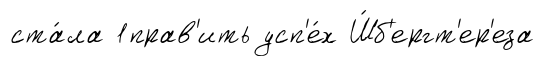
ста́ла 1прав'ить усп'е́х Ш́б'ергт'ер'еза